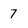
Character: 7